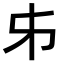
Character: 𠂔